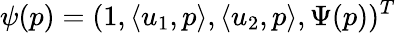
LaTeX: \psi(p)=(1,\langle u_{1},p\rangle,\langle u_{2},p\rangle,\Psi(p))^{T}